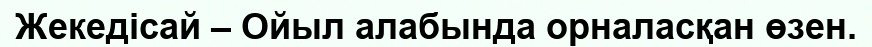
Жекедісай – Ойыл алабында орналасқан өзен.